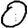
Digit: 0